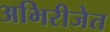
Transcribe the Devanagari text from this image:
अभिरीजेत